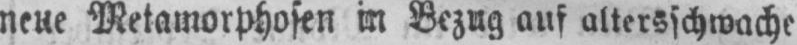
neue Metamorphosen in Bezug auf altersschwache